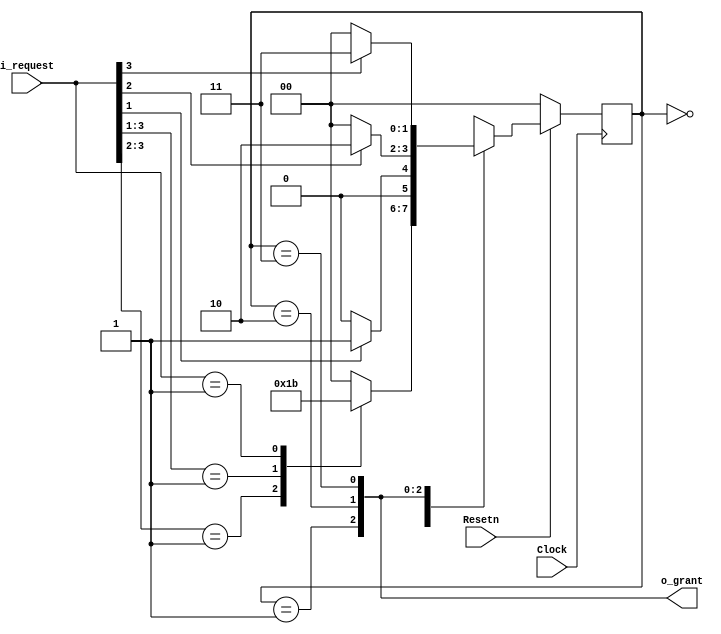
module ex5 (i_request, Resetn, Clock, o_grant);

	input [3:0] i_request ;
	input Resetn, Clock;
	output wire [1:3] o_grant;
	reg [2:1] p_state, n_state;
	localparam Idle = 2'b00, gnt1 = 2'b01, gnt2 = 2'b10, gnt3 = 2'b11;

	always @(i_request, p_state)
		case (p_state)
			Idle: casex (i_request)

				3'b000: n_state = Idle;
				3'b1xx: n_state = gnt1;
				3'b01x: n_state = gnt2;
				3'b001: n_state = gnt3;
				default: n_state = Idle;
			endcase

		gnt1: if (i_request[1]) n_state = gnt1;
			else n_state = Idle;
		gnt2: if (i_request[2]) n_state = gnt2;
			else n_state = Idle;
		gnt3: if (i_request[3]) n_state = gnt3;
			else n_state = Idle;
		default: n_state = Idle;

		endcase

	always @(posedge Clock)
		if (!Resetn) p_state <= Idle;
		else p_state <= n_state;

	assign o_grant[1] = (p_state == gnt1);
	assign o_grant[2] = (p_state == gnt2);
	assign o_grant[3] = (p_state == gnt3);

endmodule